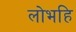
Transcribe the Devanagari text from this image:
लोभहि